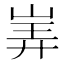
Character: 㟖